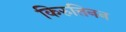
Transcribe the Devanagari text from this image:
किरुत्तिनन